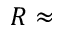
R \approx